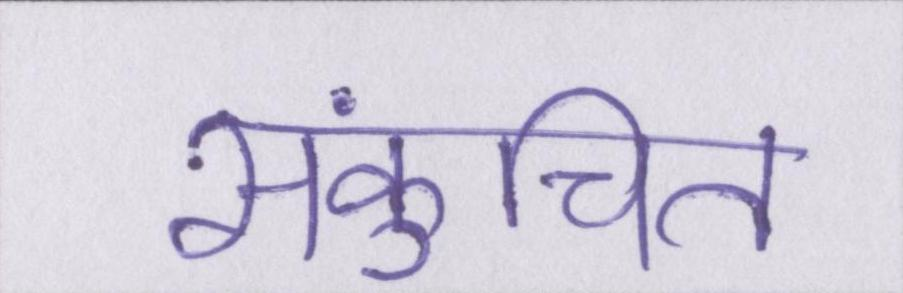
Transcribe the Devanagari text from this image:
संकुचित